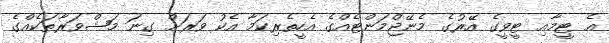
އެ ޓީމާއި ޓީވީގެ އޭރުގެ މެނޭޖްމަންޓެއްގެ އެހީތެރިކަމާ އެކު ވަރަށް ގިނަ މަޝްވަރާތަކެއްގެ